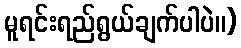
မူရင်းရည်ရွယ်ချက်ပါပဲ။)